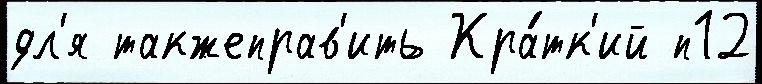
дл'я такжеправ'ить Кра́тк'ий п12